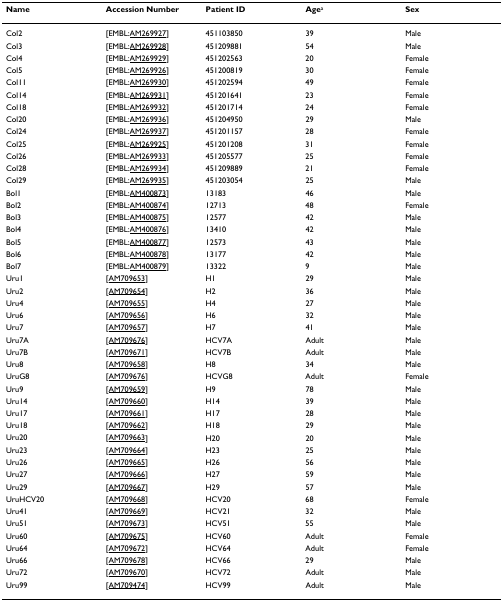
<table><thead><tr><td><b>Name</b></td><td><b>Accession Number</b></td><td><b>Patient ID</b></td><td><b>Age<sup>a</sup></b></td><td><b>Sex</b></td></tr></thead><tbody><tr><td>Col2</td><td>[EMBL:AM269927]</td><td>451103850</td><td>39</td><td>Male</td></tr><tr><td>Col3</td><td>[EMBL:AM269928]</td><td>451209881</td><td>54</td><td>Male</td></tr><tr><td>Col4</td><td>[EMBL:AM269929]</td><td>451202563</td><td>20</td><td>Female</td></tr><tr><td>Col5</td><td>[EMBL:AM269926]</td><td>451200819</td><td>30</td><td>Female</td></tr><tr><td>Col11</td><td>[EMBL:AM269930]</td><td>451202594</td><td>49</td><td>Female</td></tr><tr><td>Col14</td><td>[EMBL:AM269931]</td><td>451201641</td><td>23</td><td>Female</td></tr><tr><td>Col18</td><td>[EMBL:AM269932]</td><td>451201714</td><td>24</td><td>Female</td></tr><tr><td>Col20</td><td>[EMBL:AM269936]</td><td>451204950</td><td>29</td><td>Male</td></tr><tr><td>Col24</td><td>[EMBL:AM269937]</td><td>451201157</td><td>28</td><td>Female</td></tr><tr><td>Col25</td><td>[EMBL:AM269925]</td><td>451201208</td><td>31</td><td>Female</td></tr><tr><td>Col26</td><td>[EMBL:AM269933]</td><td>451205577</td><td>25</td><td>Female</td></tr><tr><td>Col28</td><td>[EMBL:AM269934]</td><td>451209889</td><td>21</td><td>Female</td></tr><tr><td>Col29</td><td>[EMBL:AM269935]</td><td>451203054</td><td>25</td><td>Male</td></tr><tr><td>Bol1</td><td>[EMBL:AM400873]</td><td>13183</td><td>46</td><td>Male</td></tr><tr><td>Bol2</td><td>[EMBL:AM400874]</td><td>12713</td><td>48</td><td>Female</td></tr><tr><td>Bol3</td><td>[EMBL:AM400875]</td><td>12577</td><td>42</td><td>Male</td></tr><tr><td>Bol4</td><td>[EMBL:AM400876]</td><td>13410</td><td>42</td><td>Male</td></tr><tr><td>Bol5</td><td>[EMBL:AM400877]</td><td>12573</td><td>43</td><td>Male</td></tr><tr><td>Bol6</td><td>[EMBL:AM400878]</td><td>13177</td><td>42</td><td>Male</td></tr><tr><td>Bol7</td><td>[EMBL:AM400879]</td><td>13322</td><td>9</td><td>Male</td></tr><tr><td>Uru1</td><td>[AM709653]</td><td>H1</td><td>29</td><td>Male</td></tr><tr><td>Uru2</td><td>[AM709654]</td><td>H2</td><td>36</td><td>Male</td></tr><tr><td>Uru4</td><td>[AM709655]</td><td>H4</td><td>27</td><td>Male</td></tr><tr><td>Uru6</td><td>[AM709656]</td><td>H6</td><td>32</td><td>Male</td></tr><tr><td>Uru7</td><td>[AM709657]</td><td>H7</td><td>41</td><td>Male</td></tr><tr><td>Uru7A</td><td>[AM709676]</td><td>HCV7A</td><td>Adult</td><td>Male</td></tr><tr><td>Uru7B</td><td>[AM709671]</td><td>HCV7B</td><td>Adult</td><td>Male</td></tr><tr><td>Uru8</td><td>[AM709658]</td><td>H8</td><td>34</td><td>Male</td></tr><tr><td>UruG8</td><td>[AM709676]</td><td>HCVG8</td><td>Adult</td><td>Female</td></tr><tr><td>Uru9</td><td>[AM709659]</td><td>H9</td><td>78</td><td>Male</td></tr><tr><td>Uru14</td><td>[AM709660]</td><td>H14</td><td>39</td><td>Male</td></tr><tr><td>Uru17</td><td>[AM709661]</td><td>H17</td><td>28</td><td>Male</td></tr><tr><td>Uru18</td><td>[AM709662]</td><td>H18</td><td>29</td><td>Male</td></tr><tr><td>Uru20</td><td>[AM709663]</td><td>H20</td><td>20</td><td>Male</td></tr><tr><td>Uru23</td><td>[AM709664]</td><td>H23</td><td>25</td><td>Male</td></tr><tr><td>Uru26</td><td>[AM709665]</td><td>H26</td><td>56</td><td>Male</td></tr><tr><td>Uru27</td><td>[AM709666]</td><td>H27</td><td>59</td><td>Male</td></tr><tr><td>Uru29</td><td>[AM709667]</td><td>H29</td><td>57</td><td>Male</td></tr><tr><td>UruHCV20</td><td>[AM709668]</td><td>HCV20</td><td>68</td><td>Female</td></tr><tr><td>Uru41</td><td>[AM709669]</td><td>HCV21</td><td>32</td><td>Male</td></tr><tr><td>Uru51</td><td>[AM709673]</td><td>HCV51</td><td>55</td><td>Male</td></tr><tr><td>Uru60</td><td>[AM709675]</td><td>HCV60</td><td>Adult</td><td>Female</td></tr><tr><td>Uru64</td><td>[AM709672]</td><td>HCV64</td><td>Adult</td><td>Female</td></tr><tr><td>Uru66</td><td>[AM709678]</td><td>HCV66</td><td>29</td><td>Male</td></tr><tr><td>Uru72</td><td>[AM709670]</td><td>HCV72</td><td>Adult</td><td>Male</td></tr><tr><td>Uru99</td><td>[AM709474]</td><td>HCV99</td><td>Adult</td><td>Male</td></tr></tbody></table>